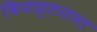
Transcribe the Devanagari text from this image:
सियाहतनामा